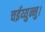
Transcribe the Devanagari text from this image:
चईय्युन्नु।